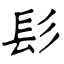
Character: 髟